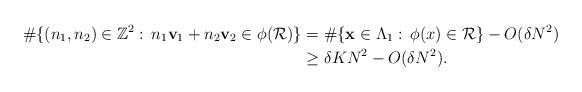
LaTeX: \begin{align*}\#\{(n_1,n_2)\in\mathbb{Z}^2:\,n_1\mathbf{v}_1+n_2\mathbf{v}_2\in \phi(\mathcal{R})\}&= \#\{\mathbf{x}\in\Lambda_1:\,\phi(x)\in\mathcal{R}\}-O(\delta N^2)\\&\ge \delta K N^2-O(\delta N^2).\end{align*}